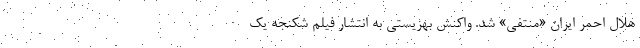
هلال احمر ایران «منتفی» شد. واکنش بهزیستی به انتشار فیلم شکنجه یک